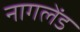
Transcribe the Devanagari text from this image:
नागलेंड